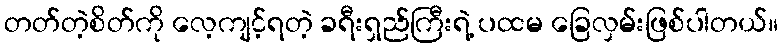
တတ်တဲ့စိတ်ကို လေ့ကျင့်ရတဲ့ ခရီးရှည်ကြီးရဲ့ ပထမ ခြေလှမ်းဖြစ်ပါတယ်။